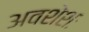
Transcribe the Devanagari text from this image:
अवशेशः